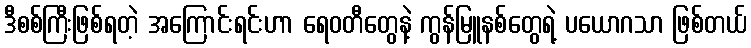
ဒီစစ်ကြီးဖြစ်ရတဲ့ အကြောင်းရင်းဟာ ရေဝတီတွေနဲ့ ကွန်မြူနစ်တွေရဲ့ ပယောဂသာ ဖြစ်တယ်